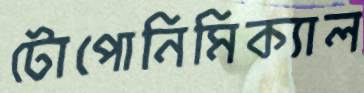
টোপোনিমিক্যাল